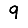
Digit: 9